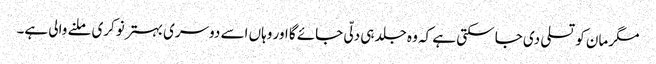
مگر مان کو تسلی دی جا سکتی ہے کہ وہ جلد ہی دلّی جائے گا اور وہاں اسے دوسری بہتر نوکری ملنے والی ہے۔